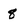
Character: 8